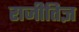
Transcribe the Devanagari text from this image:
राजीतिज्ञ